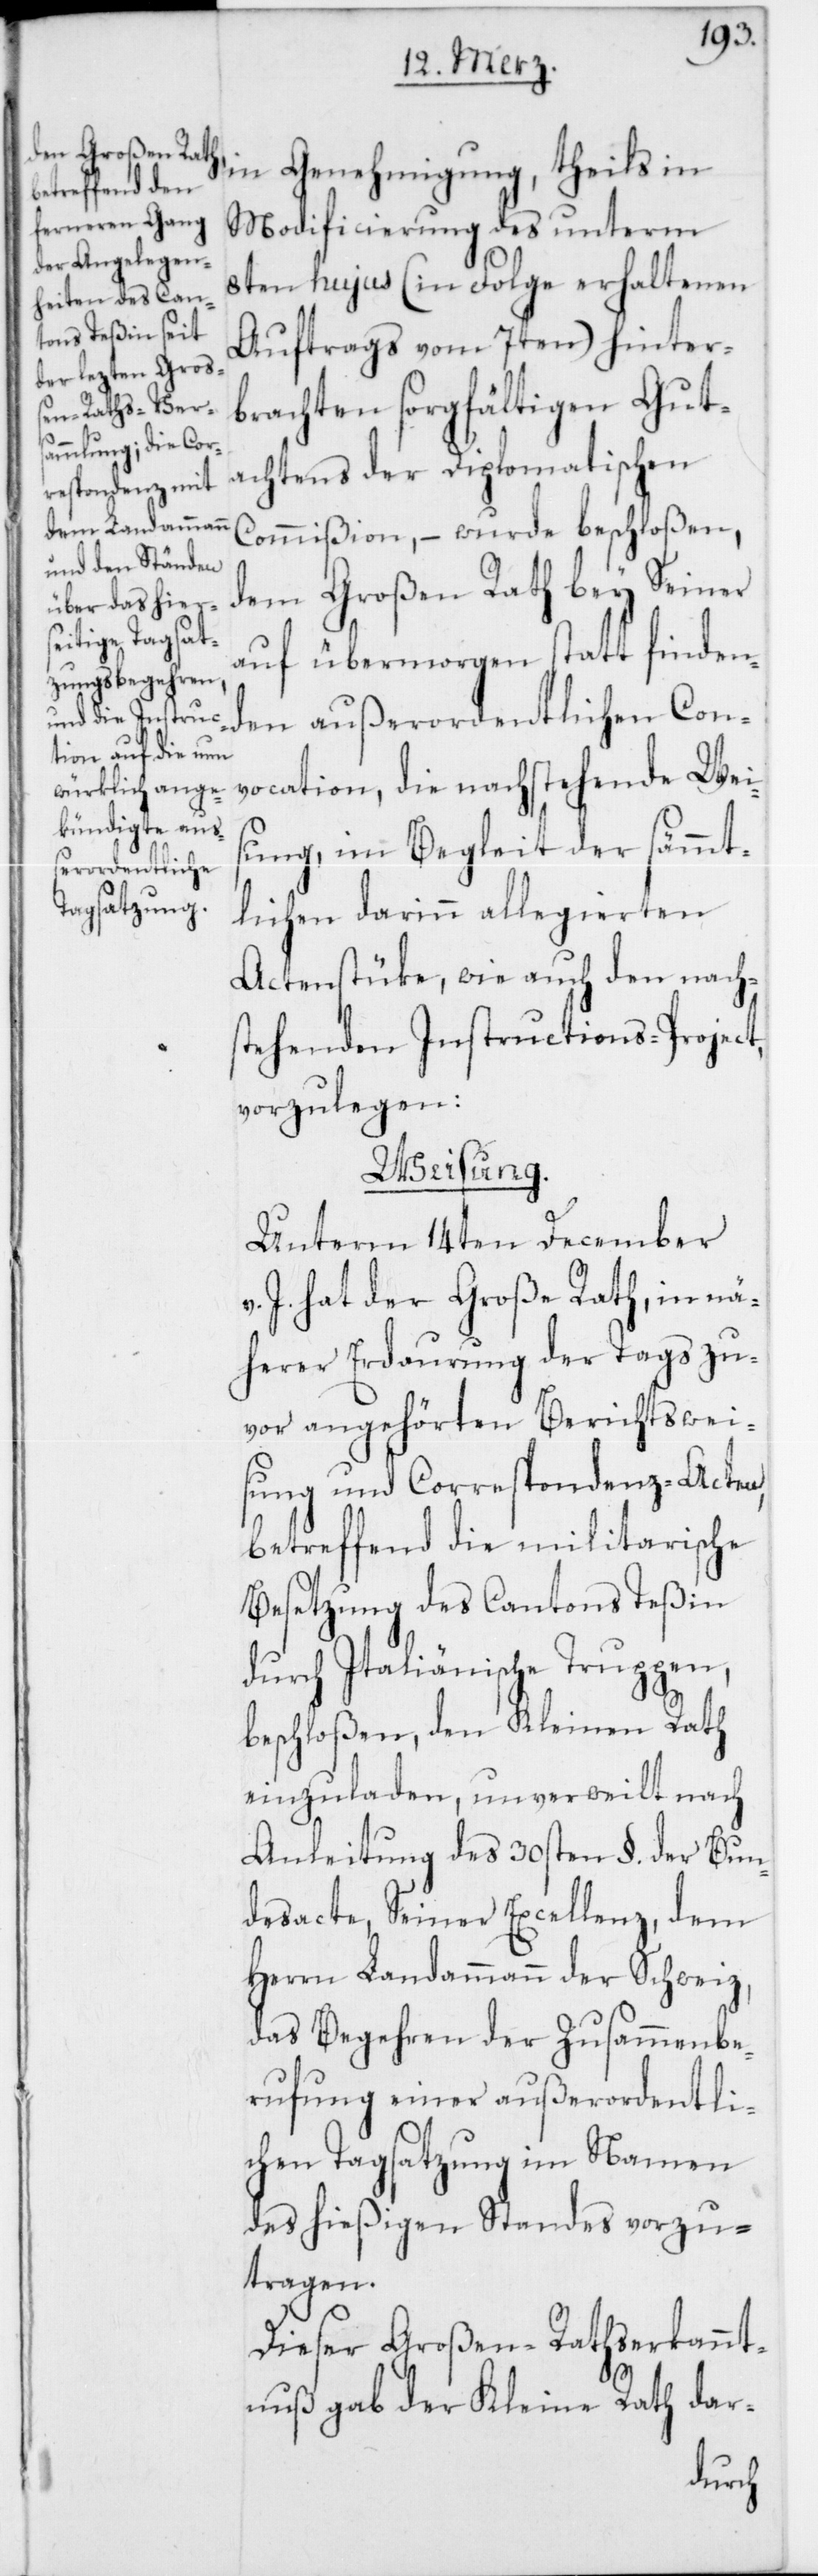
Con¬
in Genehmigung, theils in
Modificierung des unterm
8ten hujus (in Folge erhaltenen
Auftrags vom 7ten) hinter¬
brachten sorgfältigen Gut¬
achtens der Diplomatischen
Commißion, – wurde beschloßen,
dem großen Rath bey Seiner
auf übermorgen statt finden¬
vocation, die nachstehende Wei¬
sung, im Begleit der sämmt¬
erordentlichen
lichen darinn allegierten
Actenstüke, wie auch den nachs¬
tehenden Instructions-Project,
vorzulegen:
Weisung.
Unterm 14ten December
J. hat der Große Rath, in nä¬
herer Erdaurung der Tags zu¬
vor angehörten Berichtswei¬
sung und Correspondenz-Acten,
betreffend die militairische
Besetzung des Cantons Teßin
durch Italiänische Truppen,
beschloßen, den Kleinen Rath
einzuladen, unverweilt nach
Anleitung des 30sten §. der Bun¬
desacte, Seiner Excellenz, dem
Herrn Landammann der Schweiz,
das Begehren der Zusammenbe¬
rufung einer außerordentli¬
chen Tagsatzung im Namen
des hießigen Standes vorzu¬
tragen.
Dieser Großen-Rathserkannt¬
nuß gab der Kleine Rath dar-